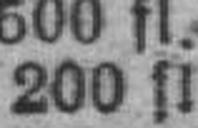
200 fl